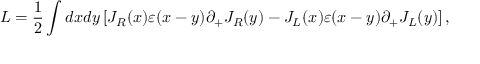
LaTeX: L = \frac { 1 } { 2 } \int d x d y \left[ J _ { R } ( x ) \varepsilon ( x - y ) \partial _ { + } J _ { R } ( y ) - J _ { L } ( x ) \varepsilon ( x - y ) \partial _ { + } J _ { L } ( y ) \right] ,